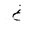
Letter: _gayn